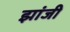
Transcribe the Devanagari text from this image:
झांजी